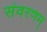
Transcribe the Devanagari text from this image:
संवरणम्